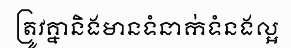
ត្រូវគ្នានិងមានទំនាក់ទំនងល្អ